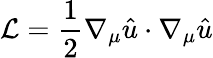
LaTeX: {\mathcal{L}}={\frac{1}{2}}\nabla_{\mu}{\hat{u}}\cdot\nabla_{\mu}{\hat{u}}